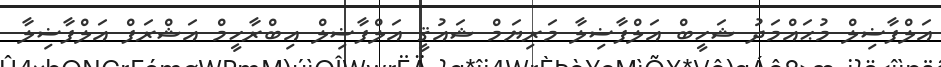
އަލްފާޟިލް މުޙައްމަދު ޝަހީބް އަލްފާޟިލާ މަރިޔަމް ޝައުޤީ އަލްފާޟިލް އިބްރާހީމް އަޝްރަފް އަލްފާޟިލާ